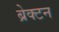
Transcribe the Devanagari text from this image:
ब्रेक्टन